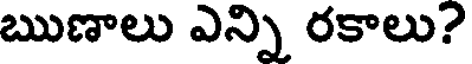
ఋణాలు ఎన్ని రకాలు?